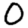
Digit: 0